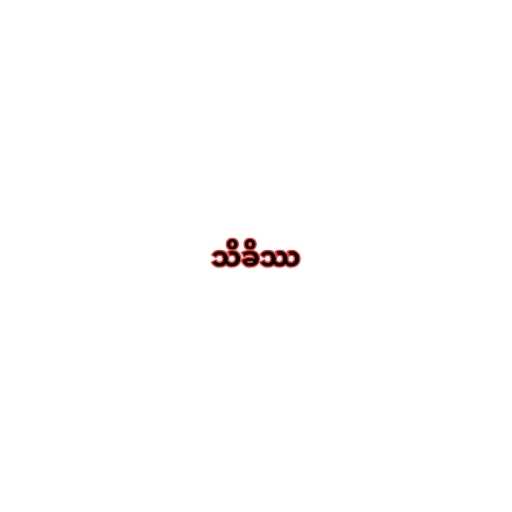
သိခိဿ